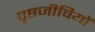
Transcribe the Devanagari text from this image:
पृष्ठजीवियों